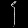
Digit: ၄